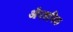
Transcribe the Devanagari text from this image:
औपशमिक